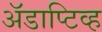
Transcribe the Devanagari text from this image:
अॅडाप्टिव्ह